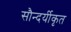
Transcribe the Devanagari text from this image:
सौन्दर्यीकृत